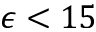
\epsilon < 1 5